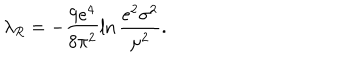
LaTeX: \lambda _ { R } = - \frac { 9 e ^ { 4 } } { 8 \pi ^ { 2 } } \ln \frac { e ^ { 2 } \sigma ^ { 2 } } { \mu ^ { 2 } } .